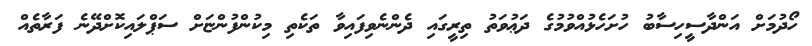
ހޯދުމަށް އަންދާސީހިސާބު ހުށަހެޅުއްވުމުގެ ދަޢުވަތު ތިރީގައި ދެންނެވިފައިވާ ތަކެތި މިކުންފުންޏަށް ސަޕްލައިކޮށްދޭނެ ފަރާތެއް